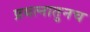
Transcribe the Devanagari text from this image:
प्रयत्नातुनच